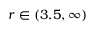
r \in ( 3 . 5 , \infty )